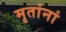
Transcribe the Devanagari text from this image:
मृतांनां